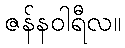
ဇန်နဝါရီလ။